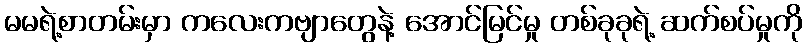
မမရဲ့စာတမ်းမှာ ကလေးကဗျာတွေနဲ့ အောင်မြင်မှု တစ်ခုခုရဲ့ ဆက်စပ်မှုကို